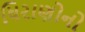
ધિરાણોનો